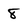
Character: 8